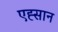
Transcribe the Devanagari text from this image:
एह्सान